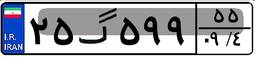
۸۰گ۲۱۶۳۵